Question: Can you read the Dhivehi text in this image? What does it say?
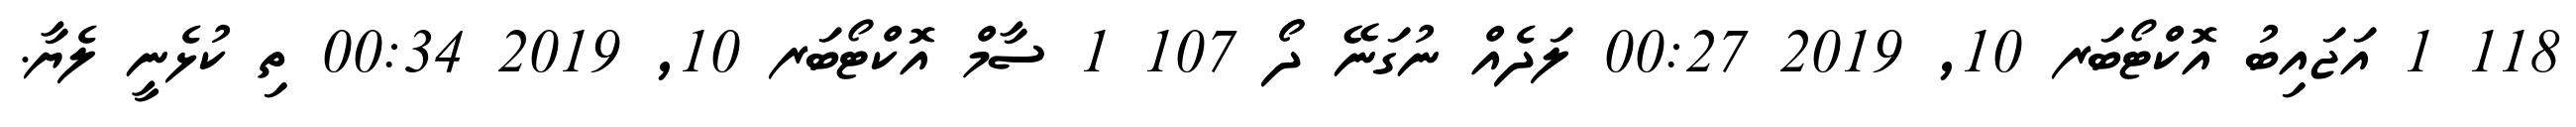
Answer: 118 1 އަޖައިބު އޮކްޓޯބަރ 10, 2019 00:27 ލަދެއް ނުގަނޭ ދޯޯ 107 1 ސާމް އޮކްޓޯބަރ 10, 2019 00:34 ތި ކުޅެނީ ލެޔާ.